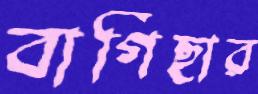
বাগিছার